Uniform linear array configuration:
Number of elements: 12
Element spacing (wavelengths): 1
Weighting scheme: hamming
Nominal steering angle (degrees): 45
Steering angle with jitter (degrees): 45.911
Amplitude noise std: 0.05
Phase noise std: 0.05

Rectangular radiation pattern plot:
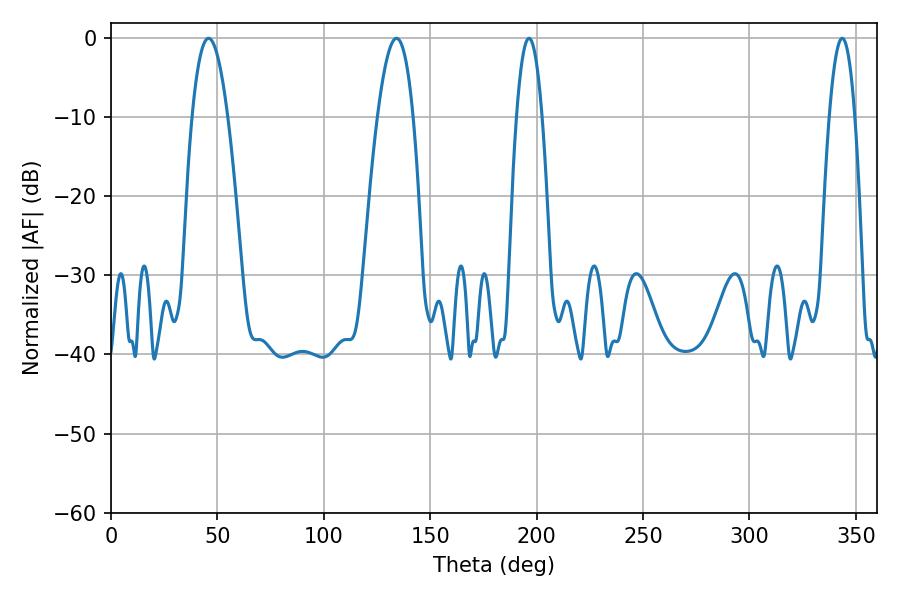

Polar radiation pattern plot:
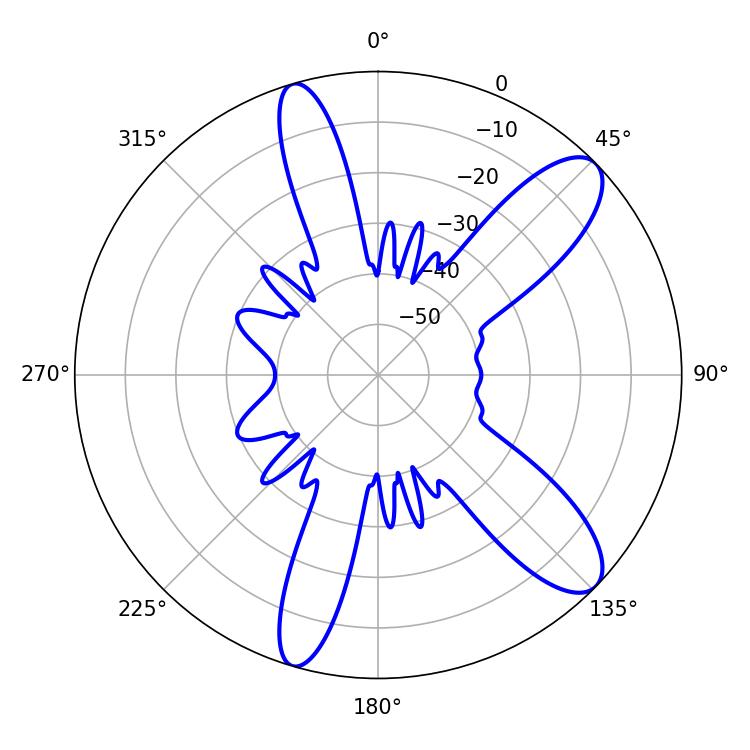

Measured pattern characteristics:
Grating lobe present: TRUE
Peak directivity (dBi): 10.5
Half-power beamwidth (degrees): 6.66
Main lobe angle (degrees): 196.38